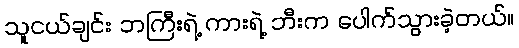
သူငယ်ချင်း ဘကြီးရဲ့ ကားရဲ့ ဘီးက ပေါက်သွားခဲ့တယ်။